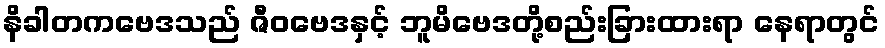
နိခါတကဗေဒသည် ဇီဝဗေဒနှင့် ဘူမိဗေဒတို့စည်းခြားထားရာ နေရာတွင်